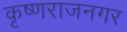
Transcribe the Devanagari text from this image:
कृष्णराजनगर